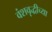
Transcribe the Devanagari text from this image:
वंशवृद्धीच्या